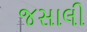
જસાલી